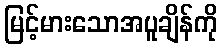
မြင့်မားသောအပူချိန်ကို